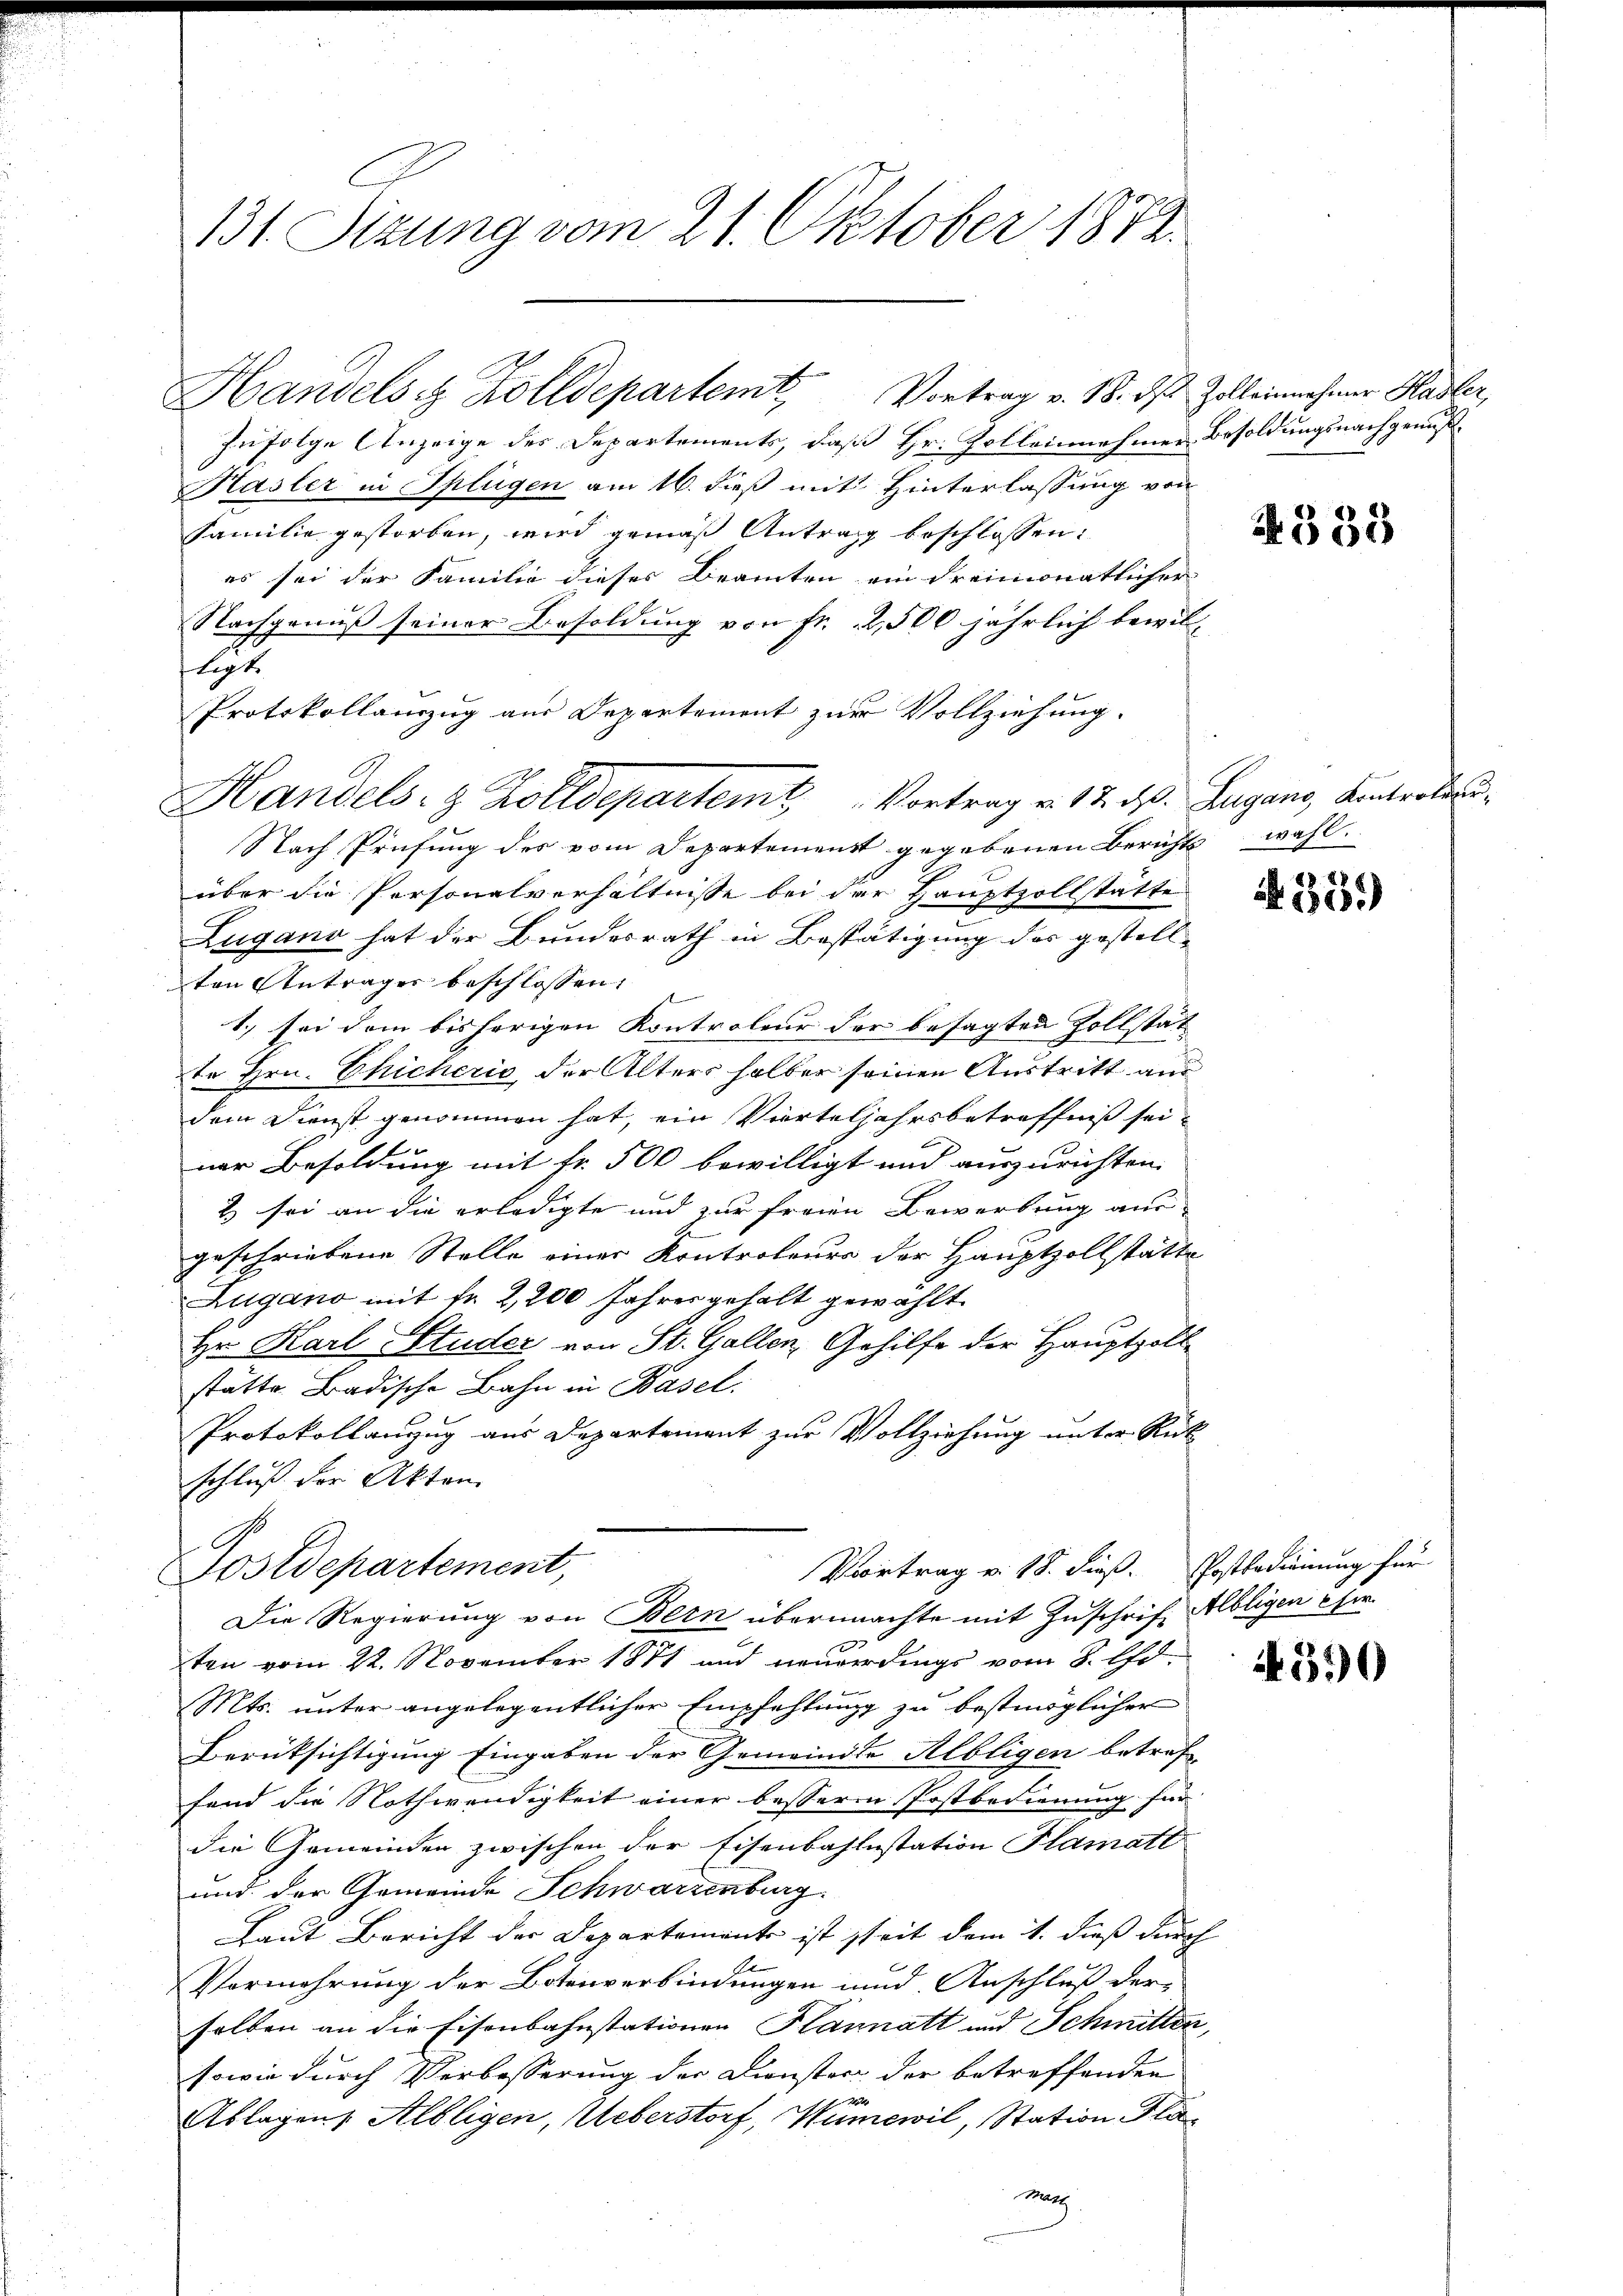
131 Sizung vom 21. Oktober 1872.

Zufolge Anzeige des Departements, daß Hr. Zolleinehmen Besoldungsnachgenuß
Kasler in Splügen am 16. dieß mit Hinterlassung von
Familie gestorben, wird gemäß Antrag beschlossen:
es sei der Familie dieses Beamten ein Freimonatlicher
Nachgenuß seiner Besoldung von Fr. 2,500 jährlich bewillegt.
Protokollauszug aus Departement zur Vollziehung.
Handels- & Zolldepartem Vortrag v. 17. ds. Zugano, Kontroleu¬
Nach Prüfung des vom Departement gegebenen Berichts wohl.
über die Personalverhältnisse bei der Hauptzollstätte
Zugano hat der Bundesrath in Bestätigung des gestell
ten Anträger beschlossen,
1.) sei dem bisherigen Kontroleur der besagten Zollstät
te Hrn. Chicherić, der Alters halber seinen Austritt am
dem Dienst genommen hat, ein Vierteljahrsbetreffniß seiner Besoldung mit Fr. 500 bewilligt und auszurichten.
2 sei an die erledigte und zur freien Bewerbung aus
geschriebene Stelle einer Kontroleurs der Hauptzollstätte
Aligano mit Fr. 2,200 Jahres gehalt gewählt
Hr. Karl Studer von St. Gallen, Gehilfe der Hauptpoll
stätte Badische Bahn in Basel.
Protokollanzug aus Departement zur Vollziehung unter Rück
schluß der Akten
Vortrag v. 18. dieß. Postbedienung für
Postdepartement,
Die Regierung von Bern übermachte mit Zuschrift Albligen Eher
ten vom 22. November 1871 und neuerdings vom 8. d.
Mts. unter angelegentlicher Empfehlung zu bestmöglicher
Berüksichtigung Eingaben der Gemeinde Albligen betref
fand die Nothwendigkeit einer besserm Postbedienung für
die Gemeinden zwischen der Eisenbahnstation Plamatt
und der Gemeinde Schwarzenburg
Laut Bericht der Departemente ist seit dem 1. dieß durch
A
Vermehrung der Botenverbindungen und Anschluß der-
solben an die Eisenbahnstationen Plannatt und Schmitten,
sowie durch Verbesserung der Dienster der betreffenden
t
Ablagen, Albligen, Ueberstorf, Wumewil, Station Plä¬
Math

Handels Zolldepartemt Vortrag v. 18. ds. Zelleinnehmer Hasler,

4335

A. 359)

4390